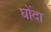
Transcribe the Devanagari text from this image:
घोंदा